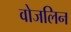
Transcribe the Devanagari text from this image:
वोजलिन